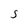
Character: S